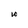
Character: w